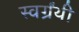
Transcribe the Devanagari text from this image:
स्वर्ग्रंथी